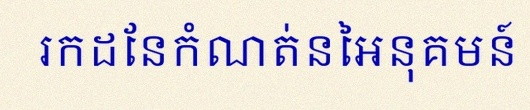
រកដែនកំណត់នៃអនុគមន៍